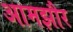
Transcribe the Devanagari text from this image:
आमझौर